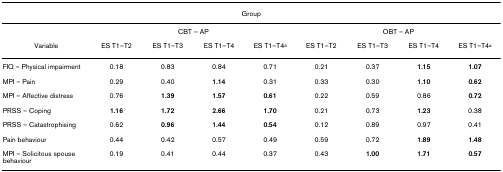
<table><thead><tr><td colspan="9"><b>Group</b></td></tr></thead><tbody><tr><td></td><td colspan="4">CBT – AP</td><td colspan="4">OBT – AP</td></tr><tr><td>Variable</td><td>ES T1–T2</td><td>ES T1–T3</td><td>ES T1–T4</td><td>ES T1–T4<sup>a</sup></td><td>ES T1–T2</td><td>ES T1–T3</td><td>ES T1–T4</td><td>ES T1–T4<sup>a</sup></td></tr><tr><td>FIQ – Physical impairment</td><td>0.18</td><td>0.83</td><td>0.84</td><td>0.71</td><td>0.21</td><td>0.37</td><td><b>1.15</b></td><td><b>1.07</b></td></tr><tr><td>MPI – Pain</td><td>0.29</td><td>0.40</td><td><b>1.14</b></td><td>0.31</td><td>0.33</td><td>0.30</td><td><b>1.10</b></td><td><b>0.62</b></td></tr><tr><td>MPI – Affective distress</td><td>0.76</td><td><b>1.39</b></td><td><b>1.57</b></td><td><b>0.61</b></td><td>0.22</td><td>0.59</td><td>0.86</td><td><b>0.72</b></td></tr><tr><td>PRSS – Coping</td><td><b>1.16</b></td><td><b>1.72</b></td><td><b>2.66</b></td><td><b>1.70</b></td><td>0.21</td><td>0.73</td><td><b>1.23</b></td><td>0.38</td></tr><tr><td>PRSS – Catastrophising</td><td>0.62</td><td><b>0.96</b></td><td><b>1.44</b></td><td><b>0.54</b></td><td>0.12</td><td>0.89</td><td>0.97</td><td>0.41</td></tr><tr><td>Pain behaviour</td><td>0.44</td><td>0.42</td><td>0.57</td><td>0.49</td><td>0.59</td><td>0.72</td><td><b>1.89</b></td><td><b>1.48</b></td></tr><tr><td>MPI – Solicitous spouse behaviour</td><td>0.19</td><td>0.41</td><td>0.44</td><td>0.37</td><td>0.43</td><td><b>1.00</b></td><td><b>1.71</b></td><td><b>0.57</b></td></tr></tbody></table>